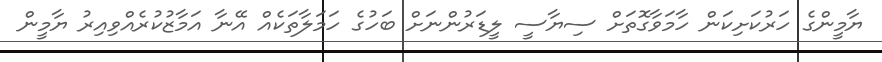
ޔާމީންގެ ހަރުކަށިކަން ހާމަވާގޮތަށް ސިޔާސީ ލީޑަރުންނަށް ބަހުގެ ހަމަލާތަކެއް އޭނާ އަމާޒުކުރެއްވިއިރު ޔާމީން